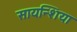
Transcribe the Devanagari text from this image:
सायन्शिया